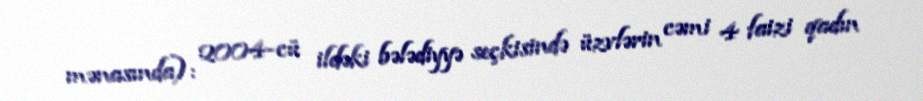
mənasında): 2004-cü ildəki bələdiyyə seçkisində üzvlərin cəmi 4 faizi qadın